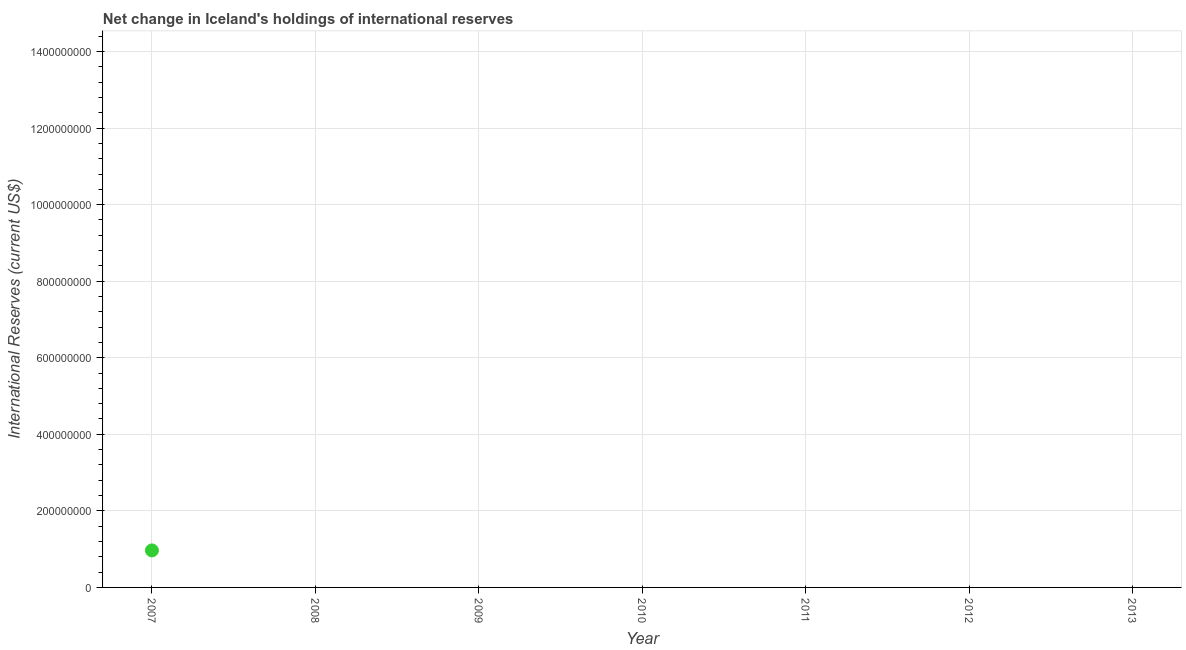
| Year | Reserves and related items |
 | --- | --- |
 | 2007 | 9.67e+07 |
 | 2008 | -3.49e+09 |
 | 2009 | -2.71e+10 |
 | 2010 | -2.03e+10 |
 | 2011 | -1.39e+10 |
 | 2012 | -2.1e+10 |
 | 2013 | -4.29e+09 |